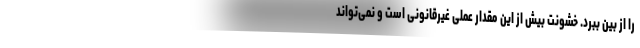
را از بین ببرد. خشونت بیش از این مقدار عملی غیرقانونی است و نمی‌تواند